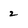
Character: 2